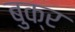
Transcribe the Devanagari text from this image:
बुक्र